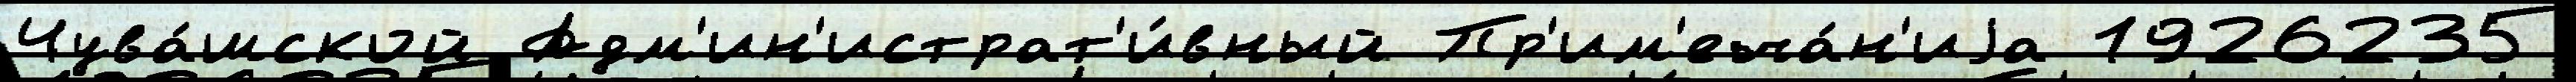
Чува́шской Адм'ин'истрат'и́вный Пр'им'еча́н'иjа 1926235